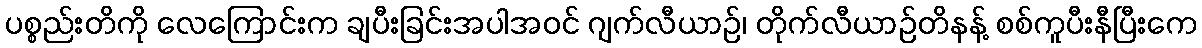
ပစ္စည်းတိကို လေကြောင်းက ချပီးခြင်းအပါအဝင် ဂျက်လီယာဉ်၊ တိုက်လီယာဉ်တိနန့် စစ်ကူပီးနီပြီးကေ